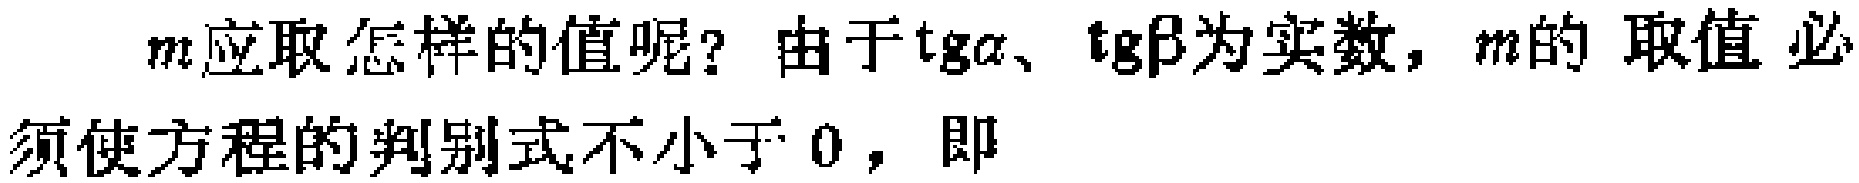
$m应取怎样的值呢？由于\mathrm{tg}\alpha、\mathrm{tg}\beta为实数，m的取值必$
$须使方程的判别式不小于0，即$